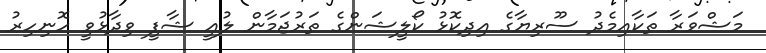
މަޝްވަރާ ތަކާއިމެދު ސޫރިޔާގެ އިދިކޮޅު ކޯލީޝަންގެ ތަރުޖަމާން ލުއީ ޝާފީ ވިދާޅުވީ ހޮނިހިރު